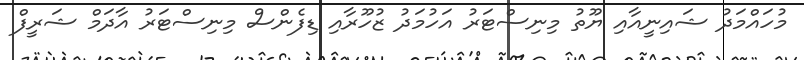
މުހައްމަދު ޝައިނީއާއި ޔޫތު މިނިސްޓަރު އަހުމަދު ޒުހޫރާއި ޑިފެންސް މިނިސްޓަރު އާދަމް ޝަރީފް